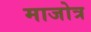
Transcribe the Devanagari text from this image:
माजोत्र